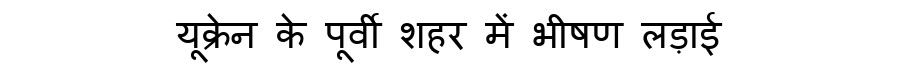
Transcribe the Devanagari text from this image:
यूक्रेन के पूर्वी शहर में भीषण लड़ाई